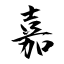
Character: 嘉